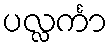
ပလ္လင်္ကာ